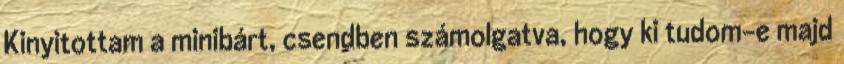
Kinyitottam a minibárt, csendben számolgatva, hogy ki tudom-e majd